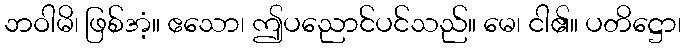
ဘဝါမိ၊ ဖြစ်အံ့။ ဧသော၊ ဤပညောင်ပင်သည်။ မေ၊ ငါ၏။ ပတိဋ္ဌော၊